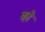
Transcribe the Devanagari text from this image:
को़